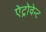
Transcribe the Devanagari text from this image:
ऐट्रोवेन्ट